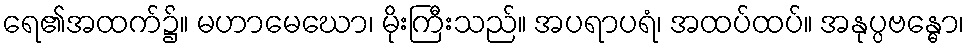
ရေ၏အထက်၌။ မဟာမေဃော၊ မိုးကြီးသည်။ အပရာပရံ၊ အထပ်ထပ်။ အနုပ္ပဗန္ဓော၊